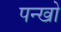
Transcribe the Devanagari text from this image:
पन्खो